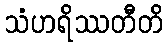
သံဟရိဿတီတိ